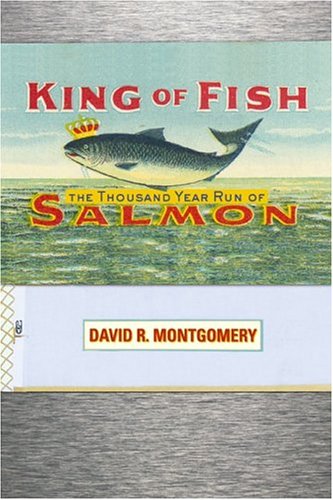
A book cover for King Of Fish: The Thousand-Year Run of Salmon; David Montgomery; Sports & Outdoors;